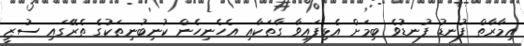
އިމާރާތް ފުނޑު ފުނޑުވެ ބިމަށް އެޅިފައިވާ ގާތަކާއި އެހެނިހެން ކުނިބުނިތަކުގެ ތެރޭގައި ސުޒީ